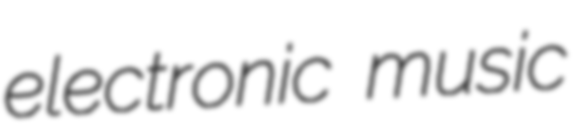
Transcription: electronic music